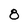
Character: 8